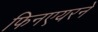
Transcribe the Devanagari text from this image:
फिनएयरने